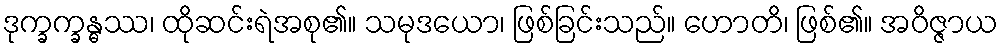
ဒုက္ခက္ခန္ဓဿ၊ ထိုဆင်းရဲအစု၏။ သမုဒယော၊ ဖြစ်ခြင်းသည်။ ဟောတိ၊ ဖြစ်၏။ အဝိဇ္ဇာယ